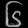
Digit: ၆